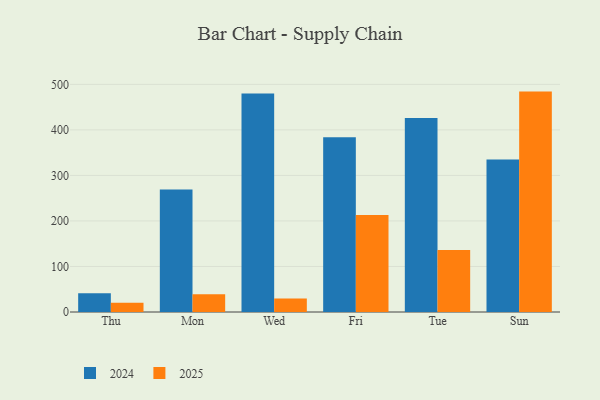
{"axis": {"x": "Day", "y": "Website Visitors"}, "legend": ["2024", "2025"], "data": [{"x": "Thu", "y": 41.3, "type": "2024"}, {"x": "Thu", "y": 20.2, "type": "2025"}, {"x": "Mon", "y": 268.8, "type": "2024"}, {"x": "Mon", "y": 39.1, "type": "2025"}, {"x": "Wed", "y": 480.1, "type": "2024"}, {"x": "Wed", "y": 29.4, "type": "2025"}, {"x": "Fri", "y": 384.0, "type": "2024"}, {"x": "Fri", "y": 213.1, "type": "2025"}, {"x": "Tue", "y": 425.9, "type": "2024"}, {"x": "Tue", "y": 136.1, "type": "2025"}, {"x": "Sun", "y": 335.1, "type": "2024"}, {"x": "Sun", "y": 484.1, "type": "2025"}]}